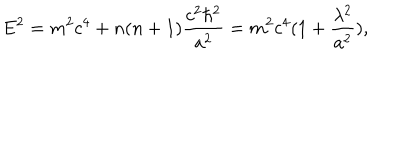
LaTeX: E ^ { 2 } = m ^ { 2 } c ^ { 4 } + n ( n + 1 ) \frac { c ^ { 2 } \hbar ^ { 2 } } { a ^ { 2 } } = m ^ { 2 } c ^ { 4 } ( 1 + \frac { \lambda ^ { 2 } } { a ^ { 2 } } ) ,